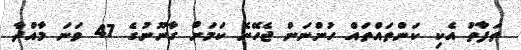
ތަފާތު އެކި ކަންތައްތައް ހުންނަން ޖެހޭނެ ކަމަށް ގާނޫނުގެ 47 ވަނަ މާއްދާ